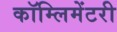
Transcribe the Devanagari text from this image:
कॉम्लिमेंटरी